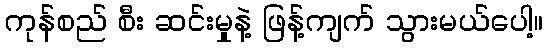
ကုန်စည် စီး ဆင်းမှုနဲ့ ဖြန့်ကျက် သွားမယ်ပေါ့။